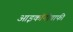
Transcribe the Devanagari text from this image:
आइकॉनोग्राफी